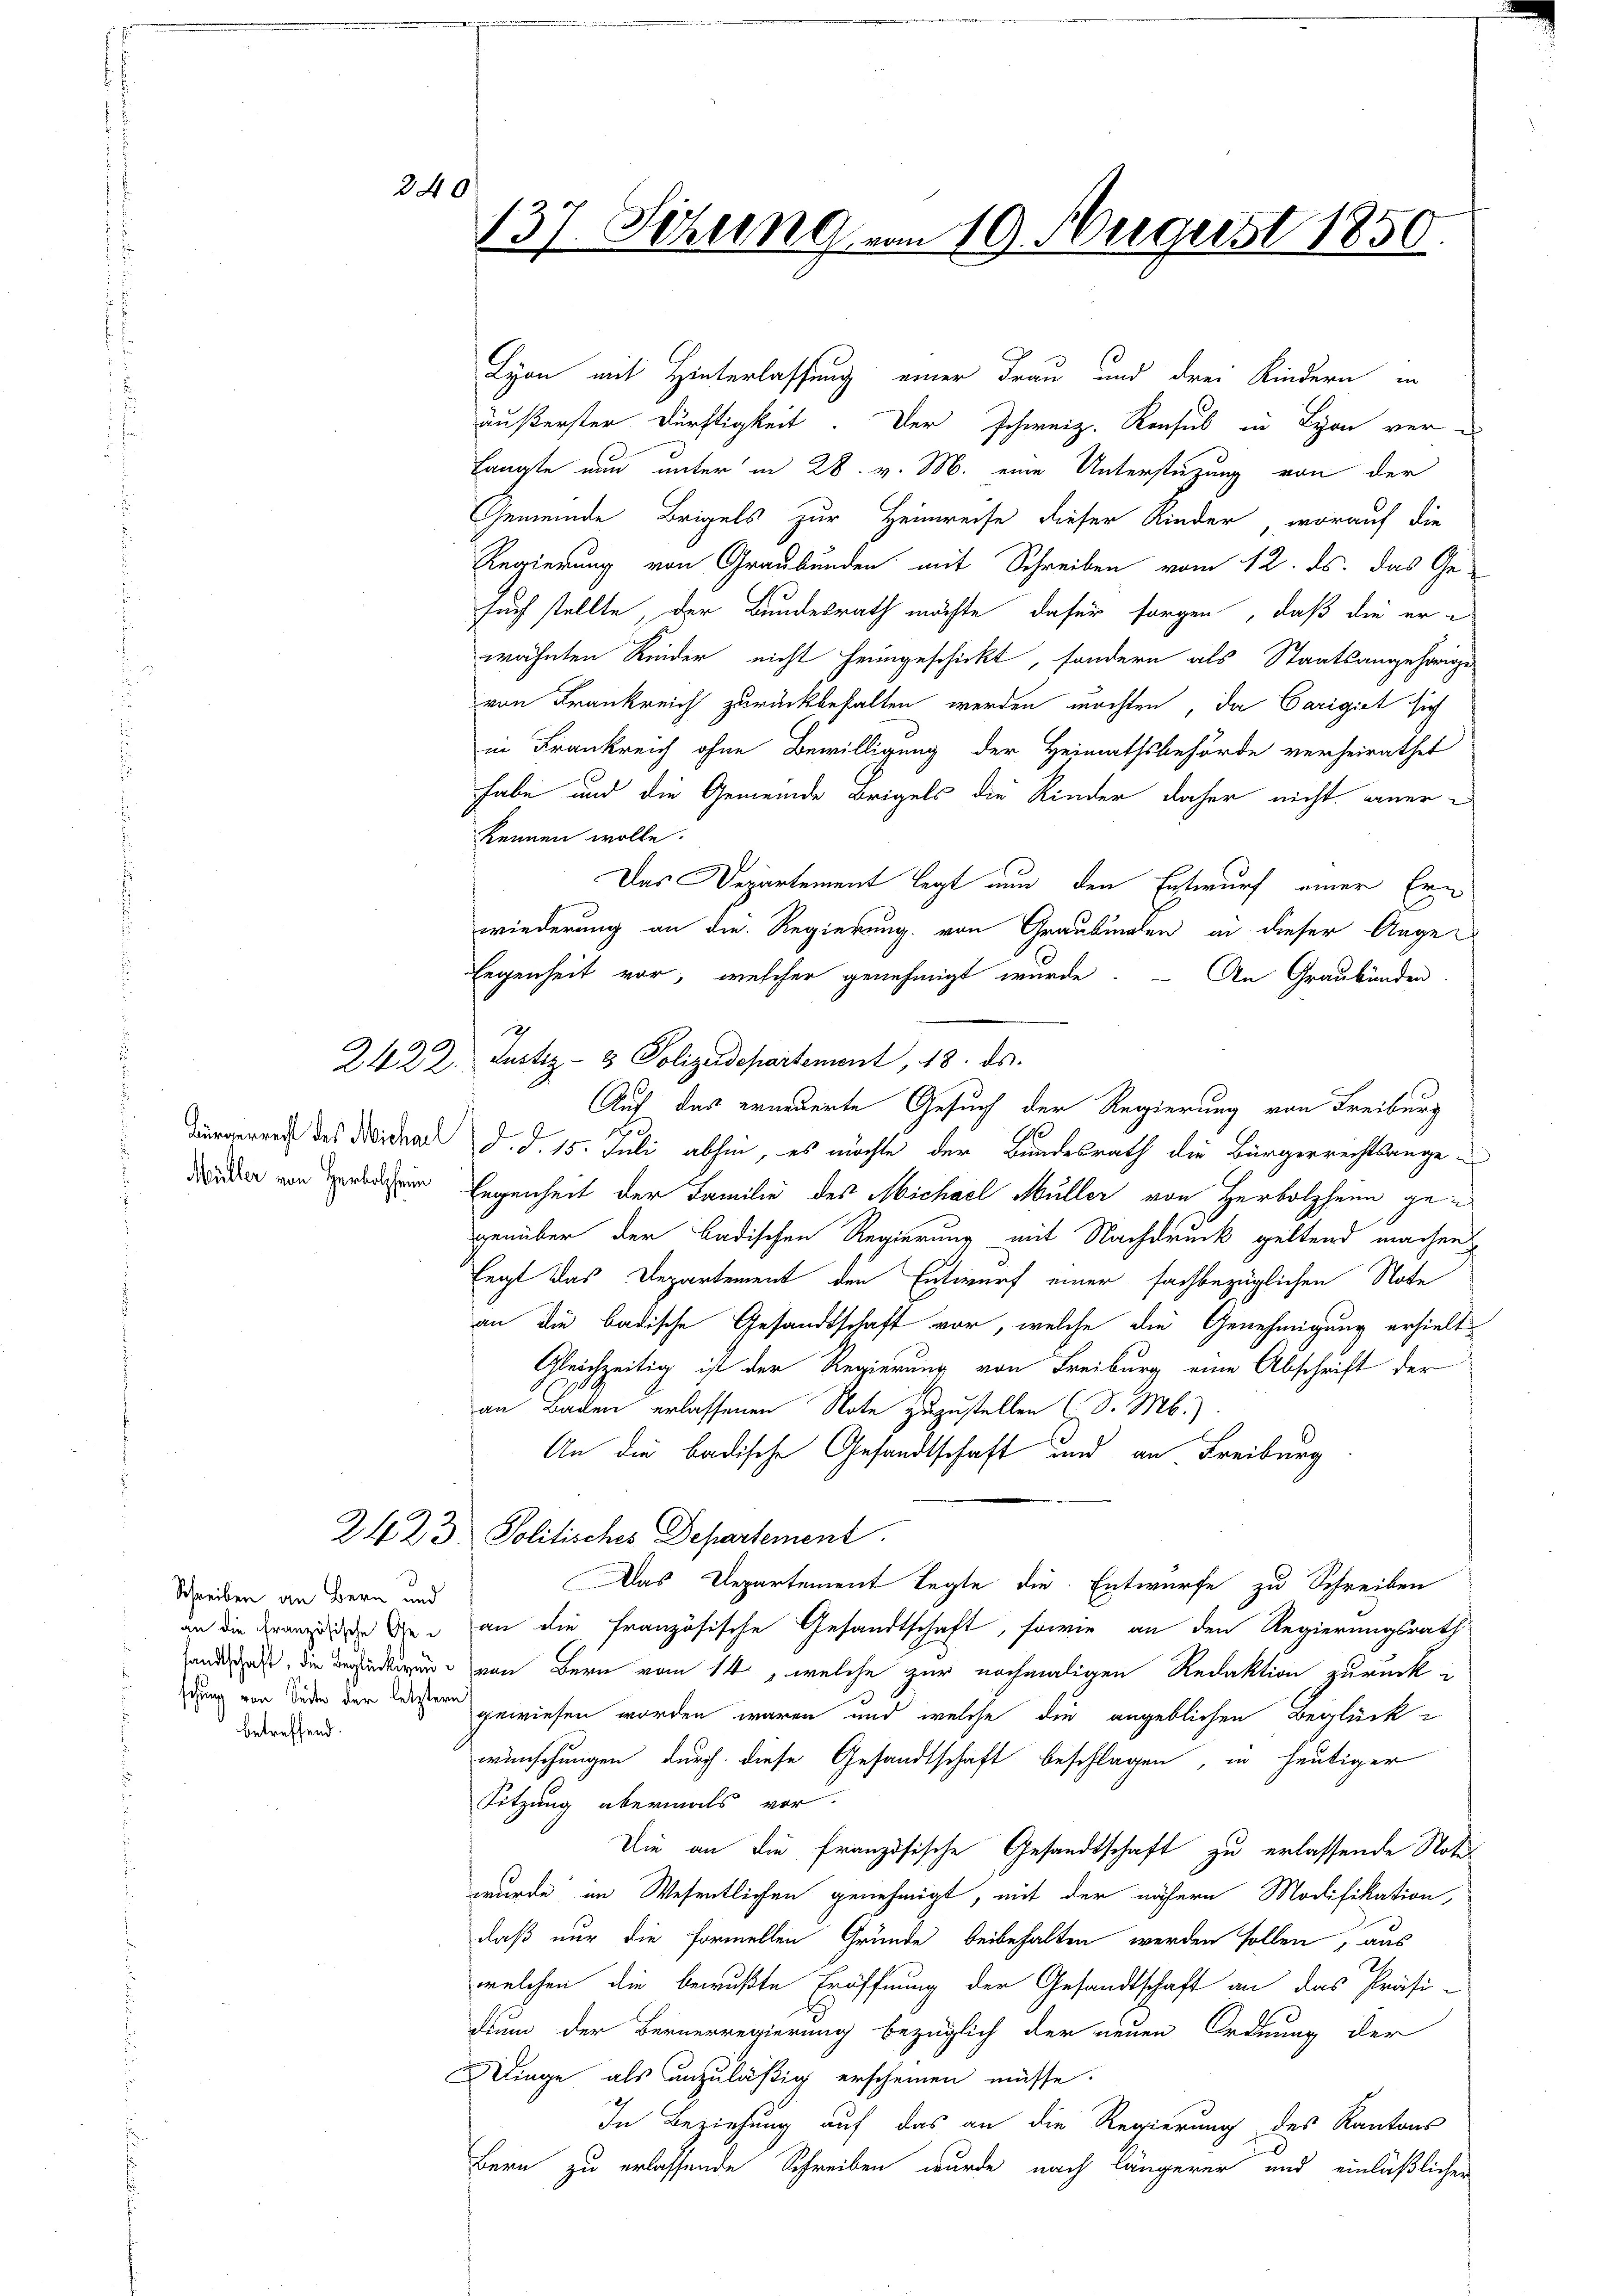
240

2422.

Müller von Herbolzheim

Schreiben an Bern und
betreffend.

137. Sitzung von 19. August 1850.

Lyon mit Hinterlassung einer Frau und drei Kindern in
äußerster Dürftigkeit. Der Schweiz. Konsul in Lyon ver-
langte nun unter in 28. v. M. eine Unterstüzung von der
Gemeinde Brigels zur Heimreise dieser Kinder, worauf die
Regierung von Graubünden mit Schreiben vom 12. ds. das Ge-
Euch stellte, der Bundesrath möchte dafür sorgen, daß die erwähnten Kinder nicht heimgeschickt, sondern als Staatsangehörige
von Frankreich zurückbehalten werden möchten, da Carigiet sich
in Frankreich ohne Bewilligung der Heimathsbehörde verheirathet
habe und die Gemeinde Beigels die Kinder daher nicht anerkennen wolle.
Das Departement legt nun den Entwurf einer Ern
wiederung an die Regierung von Graubungen an dieser Ange-
legenheit vor, welcher genehmigt wurde
An Graubünden
Auf das erneuerte Gesuch der Regierung von Freiburg
Bürgerrecht des Widerad d. d. 15. Juli abhin, es möchte der Bundesrath die Bürgerrechtsange¬
Eegenheit der Familie des Michael Müller von Herbolzheim gegenüber der badischen Regierung mit Nachdruck geltend machen
Eegt das Departement den Entwurf einer sachbezüglichen Note
an die badische Gesandtschaft vor, welche die Genehmigung erhielt
Gleichzeitig ist der Regierung von Freiburg eine Abschrift der
an Baden erlassenen Note zuzustellen (S. M.)
An die badische Gesandtschaft und an Freiburg
2423. Politisches Departement.
Das Departement legte die Entwurfe zu Schreiben
an die Franz die die an die französische Gesandtschaft, sowie an den Regierungsrath
sandtschaft, die Bedingung von Bern vom 14., welche zur nochmaligen Redaktion zurück
dung von Jeder der Waisern gewiesen worden waren und welche die angeblichen Beglück
wünschungen durch diese Gesandtschaft beschlagen, in heutiger
Sitzung abermals vor.
Die an die französische Gesandtschaft zu erlassende Noti
wurde im Wesentlichen genehmigt, mit der nähern Modifikation,
daß nur die formellen Gründe beibehalten werden sollen, aus
welchen die bewußte Eröffnung der Gesandtschaft an das Präsi-
dium der Bernerregierung bezüglich der neuen Ordnung der
Dinge als unzuläßig erscheinen müsse.
2
In Beziehung auf das an die Regierung des Kantons
C
Bern zu erlassende Schreiben wurde nach längerer und einläßlicher

Justiz- & Polizeidepartement, 18. ds.